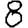
Digit: 8